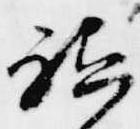
祗